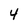
Character: 4